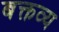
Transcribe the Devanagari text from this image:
बक्तव्य